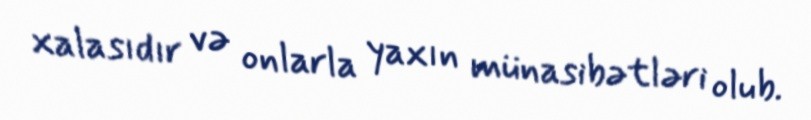
xalasıdır və onlarla yaxın münasibətləri olub.